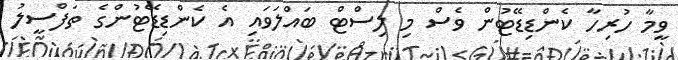
ވީމާ ހުރިހާ ކެންޑިޑޭޓުން ވެސް މި ލިސްޓް ބައްލަވައި އެ ކެންޑިޑޭޓުންގެ ތަފްސީލު